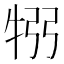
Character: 𤙗